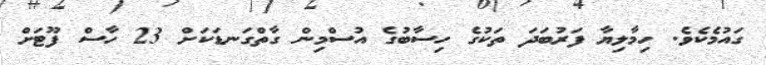
ގައުމެކެވެ. ހިމާލިޔާ ފަރުބަދަ ތަކުގެ ހިސާބުގެ އުސްމިން ގާތްގަނޑަކަށް 23 ހާސް ފޫޓަށް